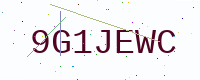
Text: 9G1JEWC